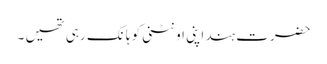
حضرت ہند اپنی اونٹنی کو ہانک رہی تھیں ۔